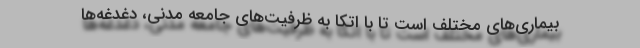
بیماری‌های مختلف است تا با اتکا به ظرفیت‌های جامعه مدنی، دغدغه‌ها